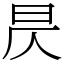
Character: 昃